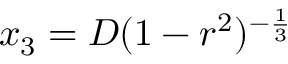
\displaystyle x _ { 3 } = D ( 1 - r ^ { 2 } ) ^ { - \frac { 1 } { 3 } }